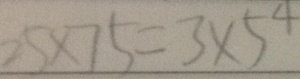
2 5 \times 7 5 = 3 \times 5 ^ { 4 }